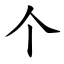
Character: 个